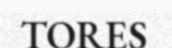
TORES